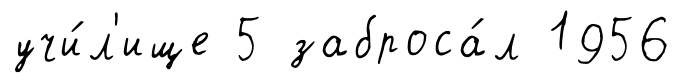
учи́л'ище 5 заброса́л 1956